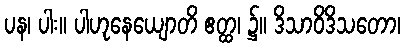
ပန၊ ပါး။ ပါဟုနေယျောတိ ဧတ္ထ၊ ၌။ ဒိသာဝိဒိသတော၊